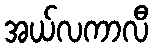
အယ်လကာလီ